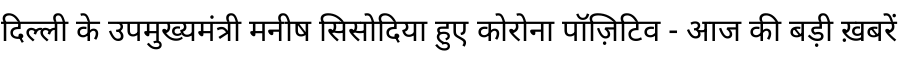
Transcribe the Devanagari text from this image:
दिल्ली के उपमुख्यमंत्री मनीष सिसोदिया हुए कोरोना पॉज़िटिव - आज की बड़ी ख़बरें